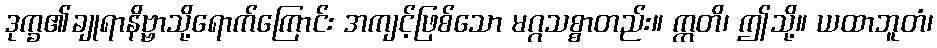
ဒုက္ခ၏ချုရာနိဗ္ဗာသို့ရောက်ကြောင်း အကျင့်ဖြစ်သော မဂ္ဂသစ္စာတည်း။ ဣတိ၊ ဤသို့။ ယထာဘူတံ၊